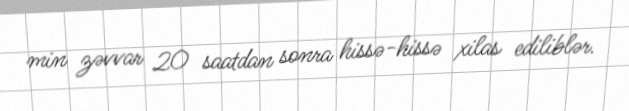
min zəvvar 20 saatdan sonra hissə-hissə xilas ediliblər.